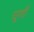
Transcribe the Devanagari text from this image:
चूर्णों